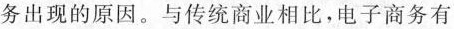
务出现的原因。与传统商业相比，电子商务有